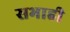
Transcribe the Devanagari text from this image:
सभाही